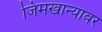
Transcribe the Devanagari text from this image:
जिमखान्यावर